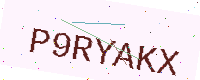
Text: P9RYAKX